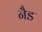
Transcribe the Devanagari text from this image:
नैड